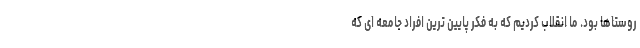
روستاها بود. ما انقلاب کردیم که به فکر پایین ترین افراد جامعه ای که